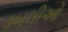
ડબલીઓ